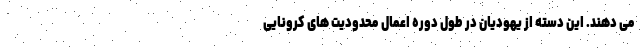
می دهند. این دسته از یهودیان در طول دوره اعمال محدودیت های کرونایی